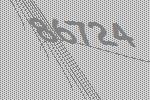
86724